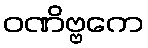
ဝဏိဗ္ဗကေ